Vaccination report Assam 1874-1896 - 1874-1896
Year: 1874
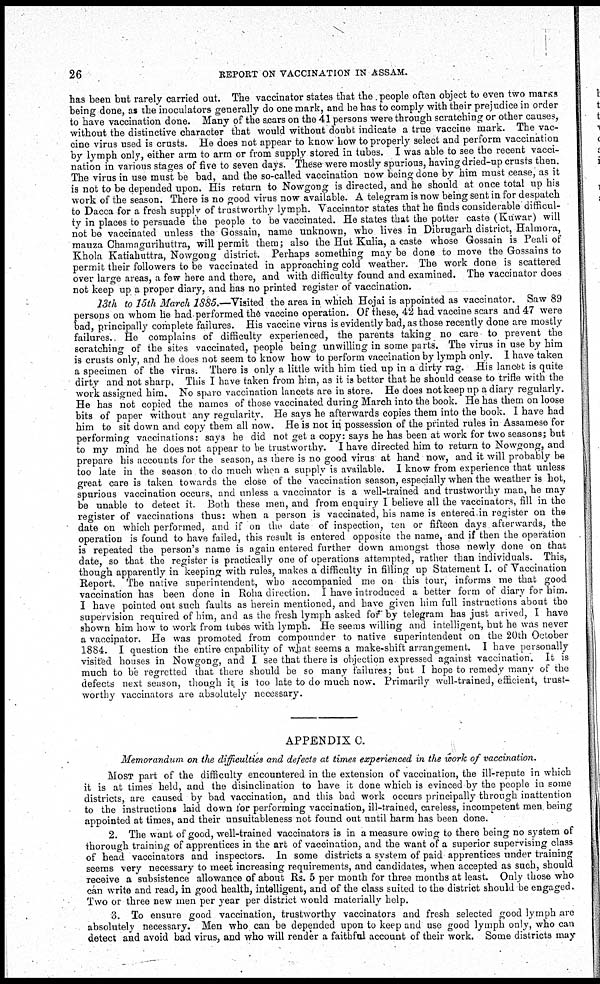
26
REPORT ON VACCINATION IN ASSAM.
has been but rarely carried out. The vaccinator states that the people often object to even two marks
being done, as the inoculators generally do one mark, and he has to comply with their prejudice in order
to have vaccination done. Many of the scars on the 41 persons were through scratching or other causes,
without the distinctive character that would without doubt indicate a true vaccine mark. The vac-
cine virus used is crusts. He does not appear to know how to properly select and perform vaccination
by lymph only, either arm to arm or from supply stored in tubes. I was able to see the recent vacci-
nation in various stages of five to seven days. These were mostly spurious, having dried-up crusts then.
The virus in use must be bad, and the so-called vaccination now being done by him must cease, as it
is not to be depended upon. His return to Nowgong is directed, and he should at once total up his
work of the season. There is no good virus now available. A telegram is now being sent in for despatch
to Dacca for a fresh supply of trustworthy lymph. Vaccinator states that he finds considerable difficul-
ty in places to persuade the people to be vaccinated. He states that the potter caste (Kuwar) will
not be vaccinated unless the Gossain, name unknown, who lives in Dibrugarh district, Halmora,
mauza Chamagurihuttra, will permit them; also the Hut Kulia, a caste whose Gossain is Peali of
Khola Katiahuttra, Nowgong district. Perhaps something may be done to move the Gossains to
permit their followers to be vaccinated in approaching cold weather. The work done is scattered
over large areas, a few here and there, and with difficulty found and examined. The vaccinator does
not keep up a proper diary, and has no printed register of vaccination.
13th to 15th March 1885.—Visited the area in which Hojai is appointed as vaccinator. Saw 89
persons on whom he had performed the vaccine operation. Of these, 42 had vaccine scars and 47 were
bad, principally complete failures. His vaccine virus is evidently bad, as those recently done are mostly
failures. He complains of difficulty experienced, the parents taking no care to prevent the
scratching of the sites vaccinated, people being unwilling in some parts. The virus in use by him
is crusts only, and he does not seem to know how to perform vaccination by lymph only. I have taken
a specimen of the virus. There is only a little with him tied up in a dirty rag. His lancet is quite
dirty and not sharp. This I have taken from him, as it is better that he should cease to trifle with the
work assigned him. No spare vaccination lancets are in store. He does not keep up a diary regularly.
He has not copied the names of those vaccinated during March into the book. He has them on loose
bits of paper without any regularity. He says he afterwards copies them into the book. I have had
him to sit down and copy them all now. He is not in possession of the printed rules in Assamese for
performing vaccinations: says he did not get a copy: says he has been at work for two seasons; but
to my mind he does not appear to be trustworthy. I have directed him to return to Nowgong, and
prepare his accounts for the season, as there is no good virus at hand now, and it will probably be
too late in the season to do much when a supply is available. I know from experience that unless
great care is taken towards the close of the vaccination season, especially when the weather is hot,
spurious vaccination occurs, and unless a vaccinator is a well-trained and trustworthy man, he may
be unable to detect it. Both these men, and from enquiry I believe all the vaccinators, fill in the
register of vaccinations thus: when a person is vaccinated, his name is entered in register on the
date on which performed, and if on the date of inspection, ten or fifteen days afterwards, the
operation is found to have failed, this result is entered opposite the name, and if then the operation
is repeated the person's name is again entered further down amongst those newly done on that
date, so that the register is practically one of operations attempted, rather than individuals. This,
though apparently in keeping with rules, makes a difficulty in filling up Statement I. of Vaccination
Report. The native superintendent, who accompanied me on this tour, informs me that good
vaccination has been done in Roha direction. I have introduced a better form of diary for him.
I have pointed out such faults as herein mentioned, and have given him full instructions about the
supervision required of him, and as the fresh lymph asked for by telegram has just arived, I have
shown him how to work from tubes with lymph. He seems willing and intelligent, but he was never
a vaccinator. He was promoted from compounder to native superintendent on the 20th October
1884. I question the entire capability of what seems a make-shift arrangement. I have personally
visited houses in Nowgong, and I see that there is objection expressed against vaccination. It is
much to be regretted that there should be so many failures; but I hope to remedy many of the
defects next season, though it. is too late to do much now. Primarily well-trained, efficient, trust-
worthy vaccinators are absolutely necessary.
APPENDIX C.
Memorandum on the difficulties and defects at times experienced in the work of vaccination.
MOST part of the difficulty encountered in the extension of vaccination, the ill-repute in which
it is at times held, and the disinclination to have it done which is evinced by the people in some
districts, are caused by bad vaccination, and this bad work occurs principally through inattention
to the instructions laid down for performing vaccination, ill-trained, careless, incompetent men being
appointed at times, and their unsuitableness not found out until harm has been done.
2. The want of good, well-trained vaccinators is in a measure owing to there being no system of
thorough training of apprentices in the art of vaccination, and the want of a superior supervising class
of head vaccinators and inspectors. In some districts a system of paid apprentices under training
seems very necessary to meet increasing requirements, and candidates, when accepted as such, should
receive a subsistence allowance of about Rs. 5 per month for three months at least. Only those who
can write and read, in good health, intelligent, and of the class suited to the district should be engaged.
Two or three new men per year per district would materially help.
3. To ensure good vaccination, trustworthy vaccinators and fresh selected good lymph are
absolutely necessary. Men who can be depended upon to keep and use good lymph only, who can
detect and avoid bad virus, and who will render a faithful account of their work. Some districts may